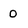
Character: 0